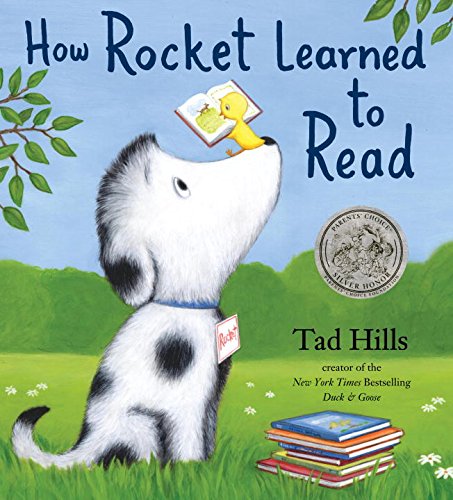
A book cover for How Rocket Learned to Read; Tad Hills; Children's Books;